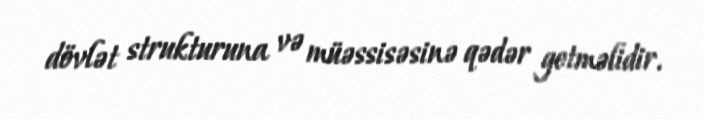
dövlət strukturuna və müəssisəsinə qədər getməlidir.